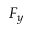
F _ { y }